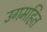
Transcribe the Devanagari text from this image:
उगमहित